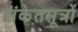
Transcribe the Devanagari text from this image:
संकेतसूत्रों